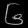
Digit: ၆